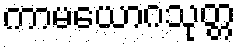
ကာမယောဂသုတ္တ